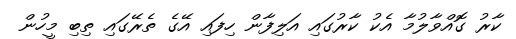
ކާރު ގޮއްވާލުމާ އެކު ކާރުގައި އަލިފާން ހިފައި އޭގެ ތެރޭގައި ތިބި މީހުން